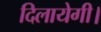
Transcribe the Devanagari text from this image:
दिलायेगी।